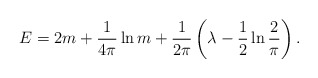
\begin{align*}E = 2m + \frac{1}{4\pi} \ln m + \frac{1}{2\pi} \left(\lambda -\frac{1}{2} \ln\frac{2}{\pi} \right). \end{align*}